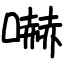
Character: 嚇